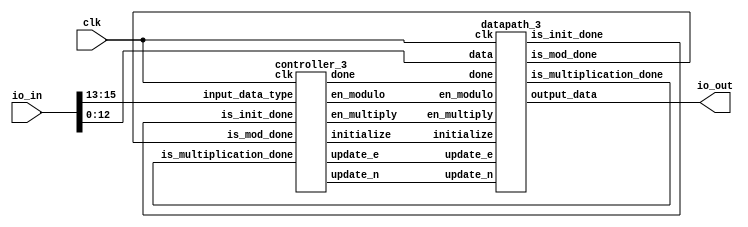
/***********************
 * Modified by: David Simonetti, Thomas Mercurio, and Brooke Mackey
 * 
 * This file contains the modified user_proj_example provided by
 * EFabless for connecting to the Caravel Harness
 ***********************/

module rsa_3 (
 
    // Wishbone Slave ports (WB MI A)
    input clk,
 
    // IOs
    input  [15:0] io_in,
    output [15:0] io_out
);

    // inputs to chip
    wire [12:0] input_data = io_in[12:0];
    wire [2:0] input_control = io_in[15:13];
 
    // outputs of chip
    wire [15:0] output_data;
    
    // internal wires
    wire is_multiplication_done;
    wire is_init_done;
    wire is_mod_done;
    wire initialize;
    wire en_multiply;
    wire en_modulo;
    wire update_e;
    wire update_n;
    wire done;
 
    controller_3 controller_inst(
      .clk(clk),
      .input_data_type(input_control),
      .is_multiplication_done(is_multiplication_done),
      .is_init_done(is_init_done),
      .is_mod_done(is_mod_done),
      .initialize(initialize),
      .en_multiply(en_multiply),
      .en_modulo(en_modulo),
      .update_e(update_e),
      .update_n(update_n),
      .done(done)
    );
 
    datapath_3 datapath_inst( 
      .data(input_data),
      .clk(clk),
      .initialize(initialize),
      .en_multiply(en_multiply),
      .en_modulo(en_modulo),
      .update_e(update_e),
      .update_n(update_n),
      .done(done),
      .is_multiplication_done(is_multiplication_done),
      .is_init_done(is_init_done),
      .is_mod_done(is_mod_done),
      .output_data(output_data)
    );
 
    assign io_out = output_data;
endmodule
 
module controller_3
(
  input wire clk                   ,
  input wire [2:0] input_data_type ,
  input wire is_multiplication_done,
  input wire is_init_done          ,
  input wire is_mod_done           ,
  output reg initialize            ,
  output reg en_multiply           ,
  output reg en_modulo             ,
  output reg update_e              ,
  output reg update_n              ,
  output reg done                  
);
 
    // FSM states
    reg[2:0] WAITING=3'd0, INITIALIZE=3'd1, MULTIPLY=3'd2, MODULO=3'd3, DONE=3'd4, UPDATE_N_STATE=3'd5, UPDATE_E_STATE=3'd6;
    reg[2:0] NONE=3'd0, INPUT_DATA_READY=3'd1, N_READY=3'd2, E_READY=3'd3;
 
    reg [2:0] current_state = 3'd0;
    reg [2:0] next_state = 3'd0;
    initial begin
        initialize = 1'd0;
        en_multiply = 1'd0;
        en_modulo = 1'd0;
        done = 1'd0;
    end
 
    always @(posedge clk) begin
		current_state <= next_state;
    end
 
    always @(*) begin
        initialize = 0;
        en_multiply = 0;
        en_modulo = 0;
        update_e = 0;
        update_n = 0;
        done = 0;
        next_state = WAITING;
        case(current_state)
            WAITING: begin
                if (input_data_type == NONE) 
                    next_state = WAITING;
                else if(input_data_type == INPUT_DATA_READY)
                    next_state = INITIALIZE;
                else if (input_data_type == N_READY)
                    next_state = UPDATE_N_STATE;
                else if(input_data_type == E_READY)
                    next_state = UPDATE_E_STATE;
            end
            INITIALIZE: begin
                initialize = 1;
                if (is_init_done)
                    next_state = MULTIPLY;
                else
                    next_state = INITIALIZE;
            end
            MULTIPLY: begin
                if (is_multiplication_done) 
                    next_state = DONE;
                else begin
                    en_multiply = 1;
                    next_state = MODULO;
                end
            end
            MODULO: begin
                if (is_mod_done)
                    next_state = MULTIPLY;
                else begin
                    en_modulo = 1;
                    next_state = MODULO;
                end
            end
            DONE: begin
                done = 1;
                next_state = WAITING;
            end
            UPDATE_N_STATE: begin
                update_n = 1;
                next_state = WAITING;
            end
            UPDATE_E_STATE: begin
                update_e = 1;
                next_state = WAITING;
            end
        endcase
    end
endmodule
 
module datapath_3
(
  input wire [12:0] data            ,
  input wire clk                   ,
  input wire initialize            ,
  input wire en_multiply           ,
  input wire en_modulo             ,
  input wire update_e              ,
  input wire update_n              ,
  input wire done                  ,
  output wire is_multiplication_done,
  output wire is_init_done          ,
  output wire is_mod_done           ,
  output reg [15:0] output_data
);
 
    reg [31:0] n = 3233;
    reg [31:0] e = 17;
    reg [7:0] frozen_data;
    reg [31:0] arithmetic_temp;
    reg [31:0] iterations_left;
    always @(posedge clk) 
    begin
        if (initialize) begin
            frozen_data <= data[7:0];
            arithmetic_temp <= {24'b0, data[7:0]};
            iterations_left <= e;
        end
        if (en_multiply) begin
            arithmetic_temp <= arithmetic_temp * frozen_data;
            iterations_left <= iterations_left - 1;
        end
        if (en_modulo) begin
            if (arithmetic_temp >= n)
                arithmetic_temp <= arithmetic_temp - n;
        end
        if (done) 
            output_data <= arithmetic_temp[15:0];
        if (update_e)
            e <= {19'd0, data};
        if (update_n)
            n <= {19'd0, data};
    end
 
    assign is_multiplication_done = (iterations_left == 1);
    assign is_init_done = (iterations_left == e);
    assign is_mod_done = (n > arithmetic_temp);
 
endmodule